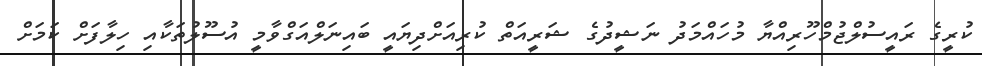
ކުރީގެ ރައީސުލްޖުމްހޫރިއްޔާ މުހައްމަދު ނަޝީދުގެ ޝަރީއަތް ކުރިއަށްދިޔައީ ބައިނަލްއަގްވާމީ އުސޫލުތަކާއި ހިލާފަށް ކަމަށް